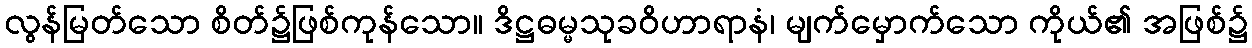
လွန်မြတ်သော စိတ်၌ဖြစ်ကုန်သော။ ဒိဋ္ဌဓမ္မသုခဝိဟာရာနံ၊ မျက်မှောက်သော ကိုယ်၏ အဖြစ်၌